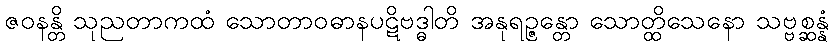
ဇဝနန္တိ သုညတာကထံ သောတာဝဓာနပဋိဗဒ္ဓါတိ အနုရဉ္ဇန္တော သောတ္ထိသေနော သဗ္ဗစ္ဆန္နံ